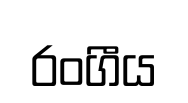
රංගීය